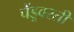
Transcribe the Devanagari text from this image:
चेंडूवरती